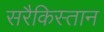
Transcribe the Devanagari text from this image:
सरैकिस्तान